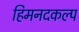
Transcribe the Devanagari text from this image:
हिमनदकल्प